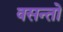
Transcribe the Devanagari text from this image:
वसन्तो